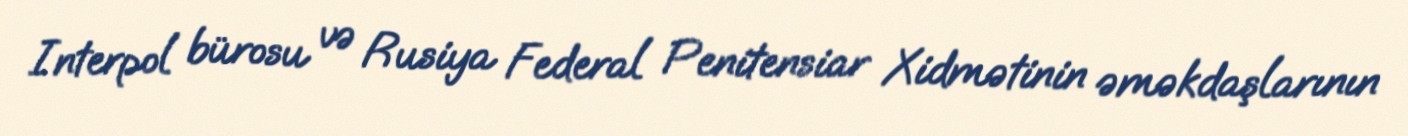
Interpol bürosu və Rusiya Federal Penitensiar Xidmətinin əməkdaşlarının